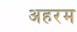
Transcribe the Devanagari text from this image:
अहरम